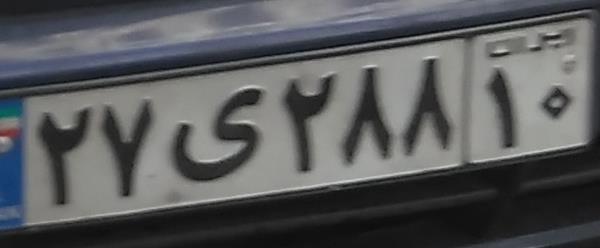
۲۷ی۲۸۸۱۰